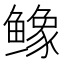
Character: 𬶲